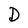
Character: D